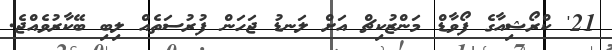
21' ކްރޯޝިއާގެ ފޯވާޑް މަންޒުކިޗް އަށް ލަނޑު ޖަހަން ފުރުސަތެއް ލިބި ބޭކާރުވެއްޖެ.